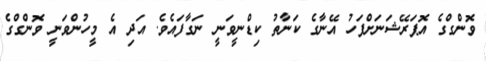
ވޮންގްގެ އޮޕަރޭޝަނަށްފަހު އޭނާގެ ކަނާތު ކިޑްނީވަނީ ނަގާފައެވެ. އަދި އެ މީހުންވަނީ ވޮންގްގެ